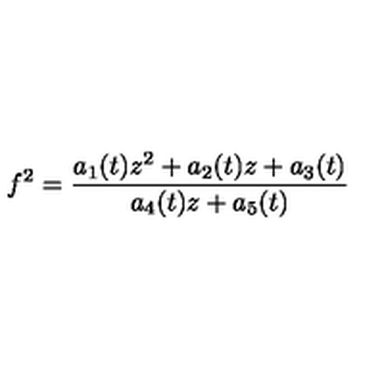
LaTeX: f ^ { 2 } = \frac { a _ { 1 } ( t ) z ^ { 2 } + a _ { 2 } ( t ) z + a _ { 3 } ( t ) } { a _ { 4 } ( t ) z + a _ { 5 } ( t ) }